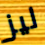
ليز